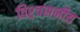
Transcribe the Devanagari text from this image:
विश्र्वसनीय